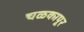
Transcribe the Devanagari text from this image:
चळकापूर